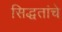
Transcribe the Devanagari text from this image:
सिद्धतांचे